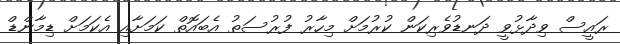
ރައީސް ވިދާޅުވީ ދަނޑުވެރިކަން ކުރުމަށް މިހާރު ފުރުސަތު އެބައޮތް ކަމަށާއި އެކަމަށް ޑިމާންޑް